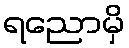
ရညောမှိ